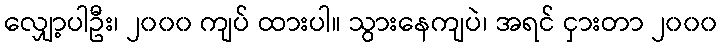
လျှော့ပါဦး၊ ၂၀၀၀ ကျပ် ထားပါ။ သွားနေကျပဲ၊ အရင် ငှားတာ ၂၀၀၀